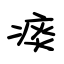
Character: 痰